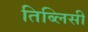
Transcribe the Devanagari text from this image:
तिब्लिसी